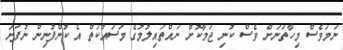
ނަމަވެސް މިހާތަނަށް ވެސް ކުނި ޖަމާކޮށް ނައްތައިލުމުގެ މަސައްކަތް އެ ކުންފުނިން ނުފަށަ